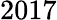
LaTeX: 2017